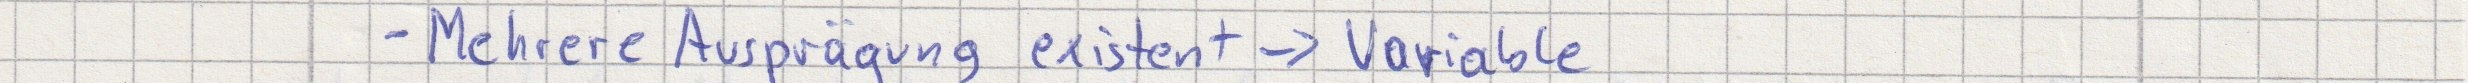
- Mehrere Ausprägung existent -> Variable